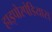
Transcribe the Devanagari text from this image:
हाइपोस्पेडियास